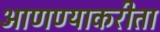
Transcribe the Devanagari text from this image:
आणण्याकरीता